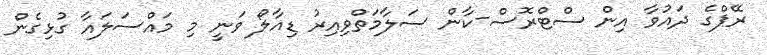
ރޭޕްގެ ދައުވާ އިން ސްޓްރޮސް-ކާން ސަލާމަތްވިއިރު ޑިއާލޯ ވަނީ މި މައްސަލައާ ގުޅިގެން